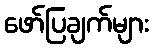
ဖော်ပြချက်များ